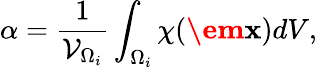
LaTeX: \alpha=\frac{1}{\mathcal{V}_{\Omega_{i}}}\int_{\Omega_{i}}\chi(\textbf{\em x})dV,